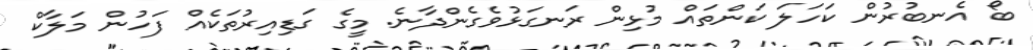
ބޯ އެނބުރުން ކަހަލަ ކަންތައް މުޅިން ރަނގަޅުވެގެންދާނެ. މީގެ ގަޑިއިރުތަކެއް ފަހުން މަލާކް